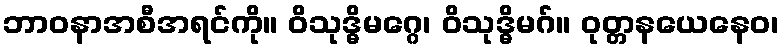
ဘာဝနာအစီအရင်ကို။ ဝိသုဒ္ဓိမဂ္ဂေ၊ ဝိသုဒ္ဓိမဂ်။ ဝုတ္တနယေနေဝ၊